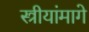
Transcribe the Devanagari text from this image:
स्त्रीयांमागे